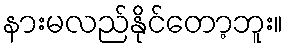
နားမလည်နိုင်တော့ဘူး။